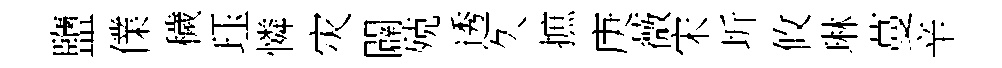
鹽㒒穢珏憐灾闢殑透久摭庚薇宋圻攸琳蔓辛